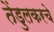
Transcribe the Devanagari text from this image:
तेंडुलकरचे